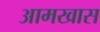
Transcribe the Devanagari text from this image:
आमखास